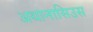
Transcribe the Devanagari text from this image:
अथानासिउस